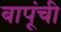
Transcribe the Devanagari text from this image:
बापूंची